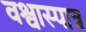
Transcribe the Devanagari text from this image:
वश्वास्पात्र